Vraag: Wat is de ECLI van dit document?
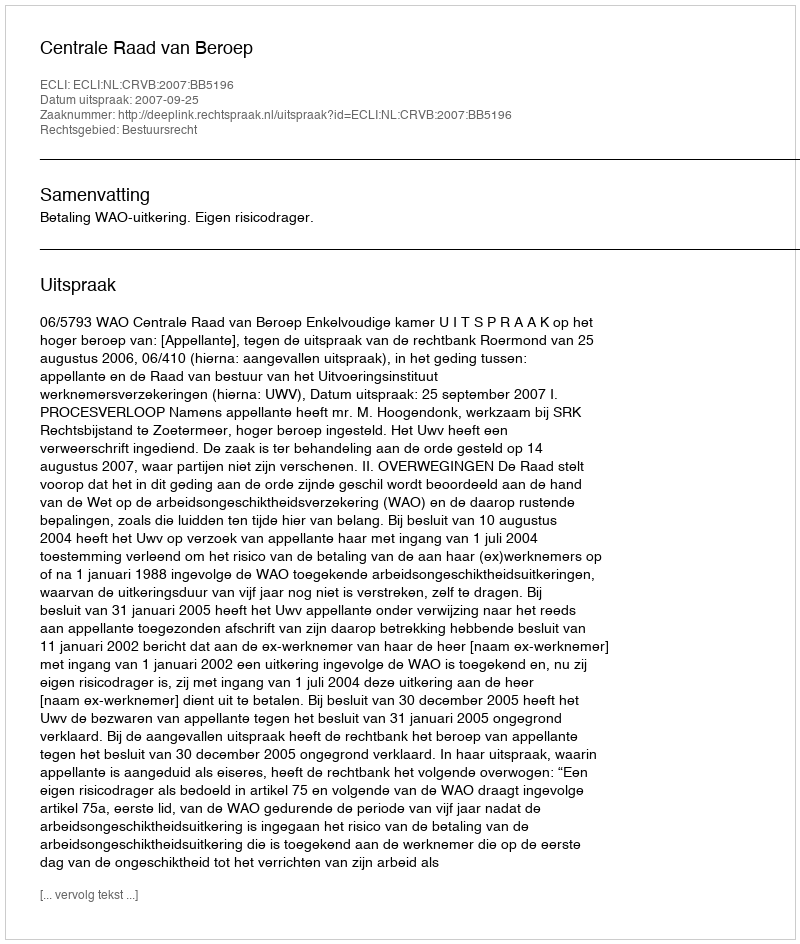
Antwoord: ECLI:NL:CRVB:2007:BB5196